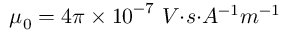
{ \mu } _ { 0 } = 4 \pi \times { 1 0 } ^ { - 7 } { \ V } { { · } } { s } { { · } } { { A } } ^ { { - } { 1 } } { { m } } ^ { { - } { 1 } }